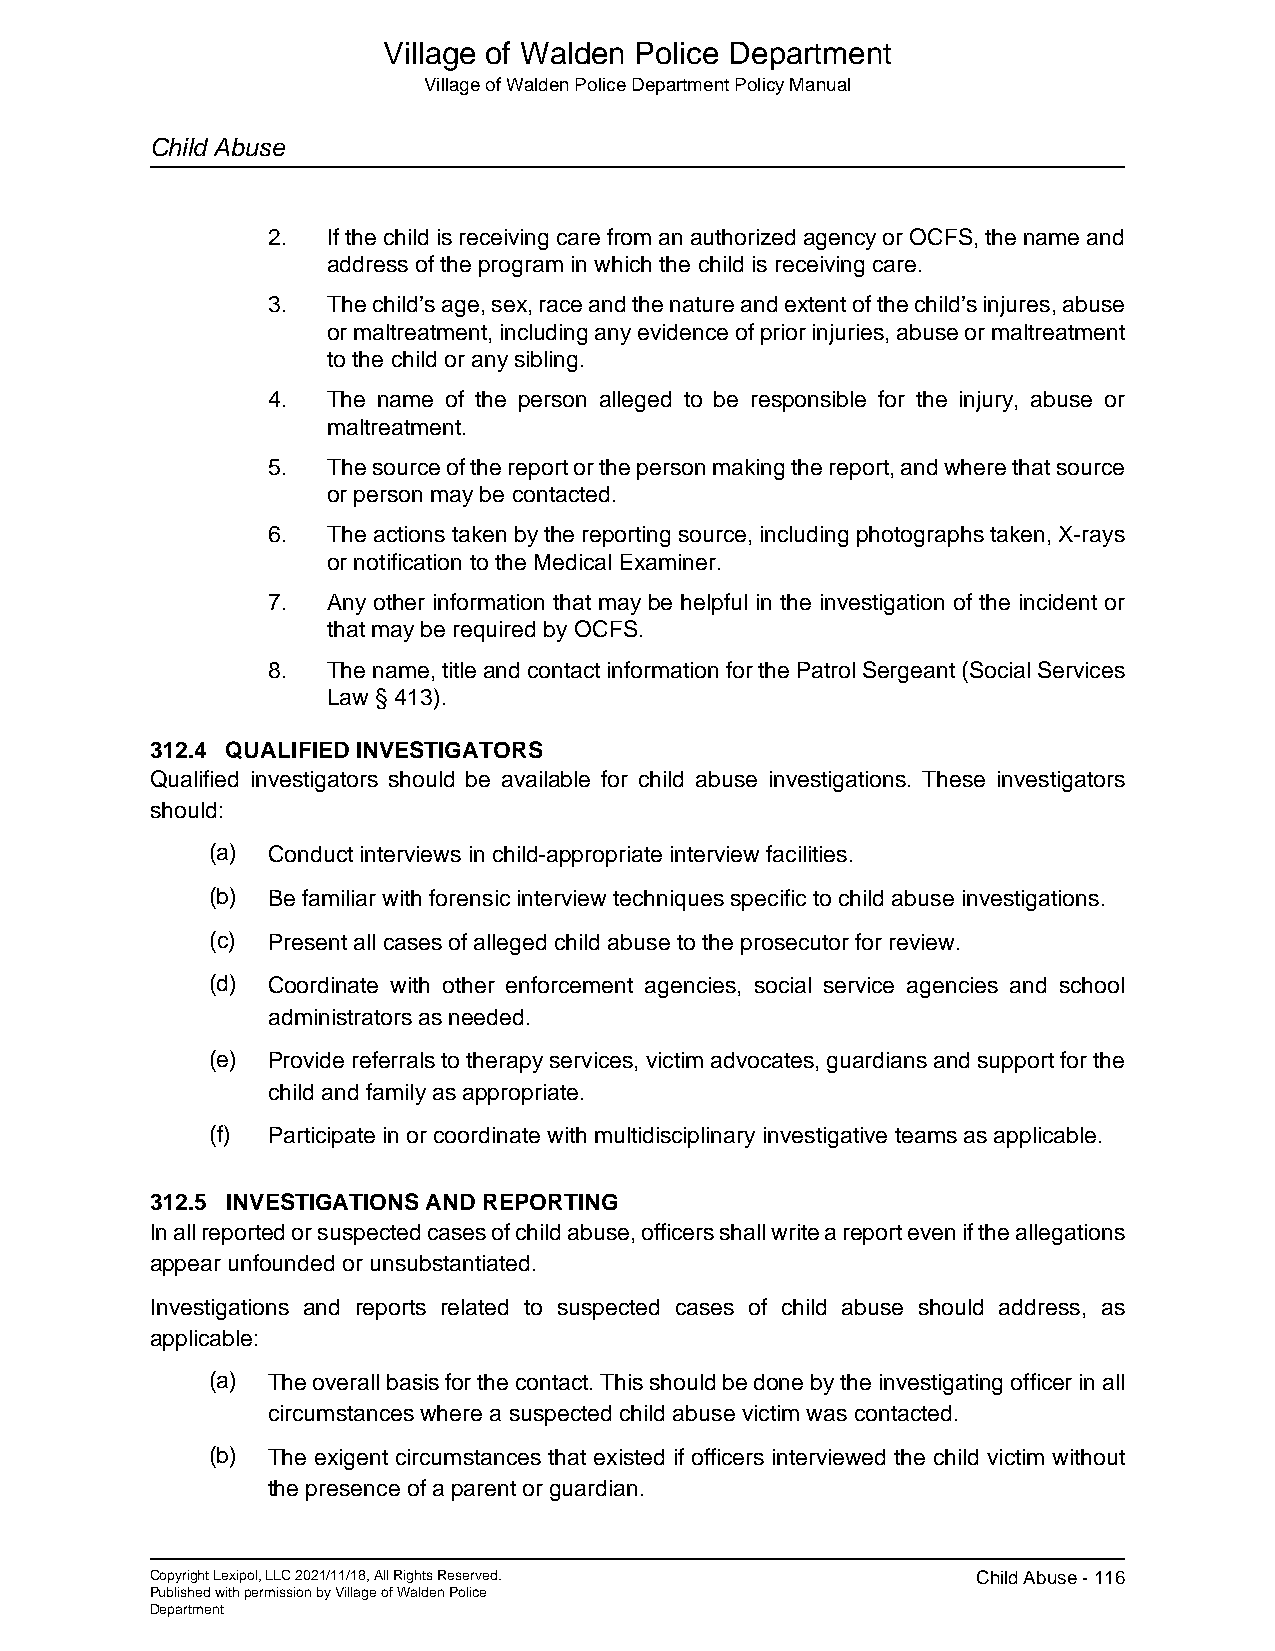
Village of Walden Police Department
 Village of Walden Police Department Policy Manual
 Child Abuse
 2.  If the child is receiving care from an authorized agency or OCFS, the name and
 address of the program in which the child is receiving care.
 3.  The child’s age, sex, race and the nature and extent of the child’s injures, abuse
 or maltreatment, including any evidence of prior injuries, abuse or maltreatment
 to the child or any sibling.
 4.  The name of the person alleged to be responsible for the injury, abuse or
 maltreatment.
 5.  The source of the report or the person making the report, and where that source
 or person may be contacted.
 6.  The actions taken by the reporting source, including photographs taken, X-rays
 or notification to the Medical Examiner.
 7.  Any other information that may be helpful in the investigation of the incident or
 that may be required by OCFS.
 8.  The name, title and contact information for the Patrol Sergeant (Social Services
 Law § 413).
 312.4 QUALIFIED INVESTIGATORS
 Qualified investigators should be available for child abuse investigations. These investigators
 should:
 (a) Conduct interviews in child-appropriate interview facilities.
 (b) Be familiar with forensic interview techniques specific to child abuse investigations.
 (c) Present all cases of alleged child abuse to the prosecutor for review.
 (d) Coordinate with other enforcement agencies, social service agencies and school
 administrators as needed.
 (e) Provide referrals to therapy services, victim advocates, guardians and support for the
 child and family as appropriate.
 (f) Participate in or coordinate with multidisciplinary investigative teams as applicable.
 312.5 INVESTIGATIONS AND REPORTING
 In all reported or suspected cases of child abuse, officers shall write a report even if the allegations
 appear unfounded or unsubstantiated.
 Investigations and reports related to suspected cases of child abuse should address, as
 applicable:
 (a) The overall basis for the contact. This should be done by the investigating officer in all
 circumstances where a suspected child abuse victim was contacted.
 (b) The exigent circumstances that existed if officers interviewed the child victim without
 the presence of a parent or guardian.
 Copyright Lexipol, LLC 2021/11/18, All Rights Reserved. Child Abuse - 116
 Published with permission by Village of Walden Police
 Department